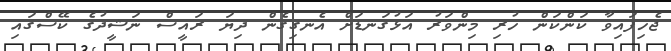
ޖެހިފައިވާ ކަންކަން ހުރި މިންވަރު އަޅުގަނޑަށް އެނގިގެން ދިޔަ ރައީސް ނަޝީދުގެ ކޭސްގައި